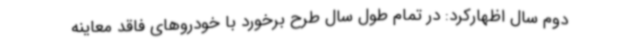
دوم سال اظهارکرد: در تمام طول سال طرح برخورد با خودروهای فاقد معاینه